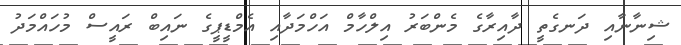
ޝިނާނާއި ދަނގެތީ ދާއިރާގެ މެންބަރު އިލްހާމް އަހްމަދާއި އެމްޑީޕީގެ ނައިބް ރައީސް މުހައްމަދު